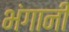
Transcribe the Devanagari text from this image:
भंगानी